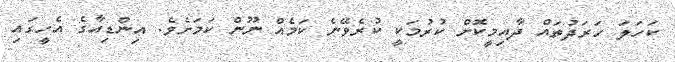
ކަހަލަ ހަރަދުތައް ދާއިމީކޮށް ކުރުމަކީ ކުރެވޭނެ ކަމެއް ނޫން ކަމަށެވެ. އިންޑިއާގެ އެހީގައި